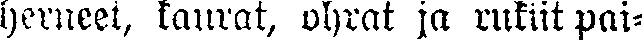
herneet, kaurat, ohrat ja rukiit pai-